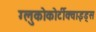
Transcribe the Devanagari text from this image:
ग्लुकोकोर्टीक्वाइड्स